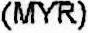
(MYR)